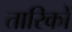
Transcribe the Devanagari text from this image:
तारिकों